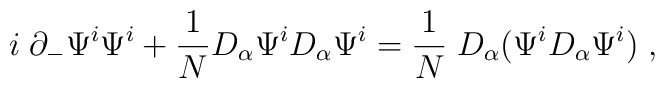
i\;\partial_-\Psi^i \Psi^i + {1\over N}D_\alpha \Psi^i D_\alpha \Psi^i = {1\over N}\;D_\alpha (\Psi^i D_\alpha\Psi^i)\;,